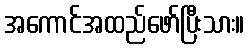
အကောင်အထည်ဖော်ပြီးသား။